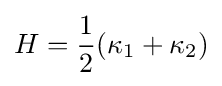
H={1 \over 2}(\kappa _{1}+\kappa _{2})